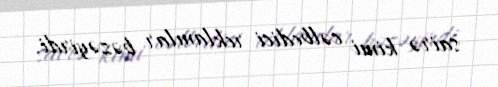
sairə kimi cəlbedici reklamlar bəzəyirdi.